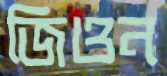
জিওন